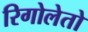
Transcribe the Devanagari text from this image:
रिगोलेतो